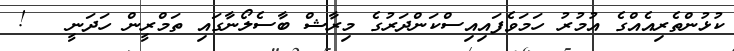
ކުޅުންތެރިއެއްގެ އުމުރު ހަމަވެފައިއިސްކަންދަރުގެ މިރާޝް ބާސެލޯނާގައި ތަމްރީން ހަދަނީ   !